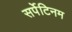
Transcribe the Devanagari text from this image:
सर्पेटिनम